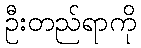
ဦးတည်ရာကို